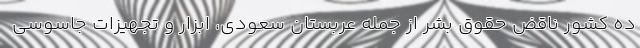
ده کشور ناقض حقوق بشر از جمله عربستان سعودی، ابزار و تجهیزات جاسوسی